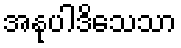
အနုပါဒိသေသာ